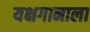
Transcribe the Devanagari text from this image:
यक्षगानाला